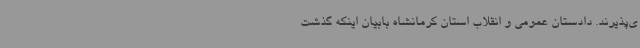
ی‌پذیرند. دادستان عمومی و انقلاب استان کرمانشاه بابیان اینکه گذشت